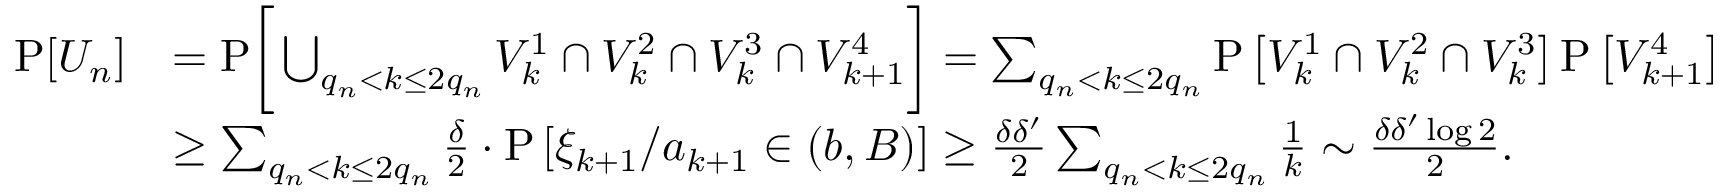
\begin{array} { r l } { \mathrm { P } [ U _ { n } ] } & { = \mathrm { P } \bigg [ \bigcup _ { q _ { n } < k \le 2 q _ { n } } V _ { k } ^ { 1 } \cap V _ { k } ^ { 2 } \cap V _ { k } ^ { 3 } \cap V _ { k + 1 } ^ { 4 } \bigg ] = \sum _ { q _ { n } < k \le 2 q _ { n } } \mathrm { P } \left[ V _ { k } ^ { 1 } \cap V _ { k } ^ { 2 } \cap V _ { k } ^ { 3 } \right] \mathrm { P } \left[ V _ { k + 1 } ^ { 4 } \right] } \\ & { \ge \sum _ { q _ { n } < k \le 2 q _ { n } } \frac { \delta } { 2 } \cdot \mathrm { P } \left[ \xi _ { k + 1 } / a _ { k + 1 } \in ( b , B ) \right] \ge \frac { \delta \delta ^ { \prime } } { 2 } \sum _ { q _ { n } < k \le 2 q _ { n } } \frac 1 k \sim \frac { \delta \delta ^ { \prime } \log 2 } { 2 } . } \end{array}